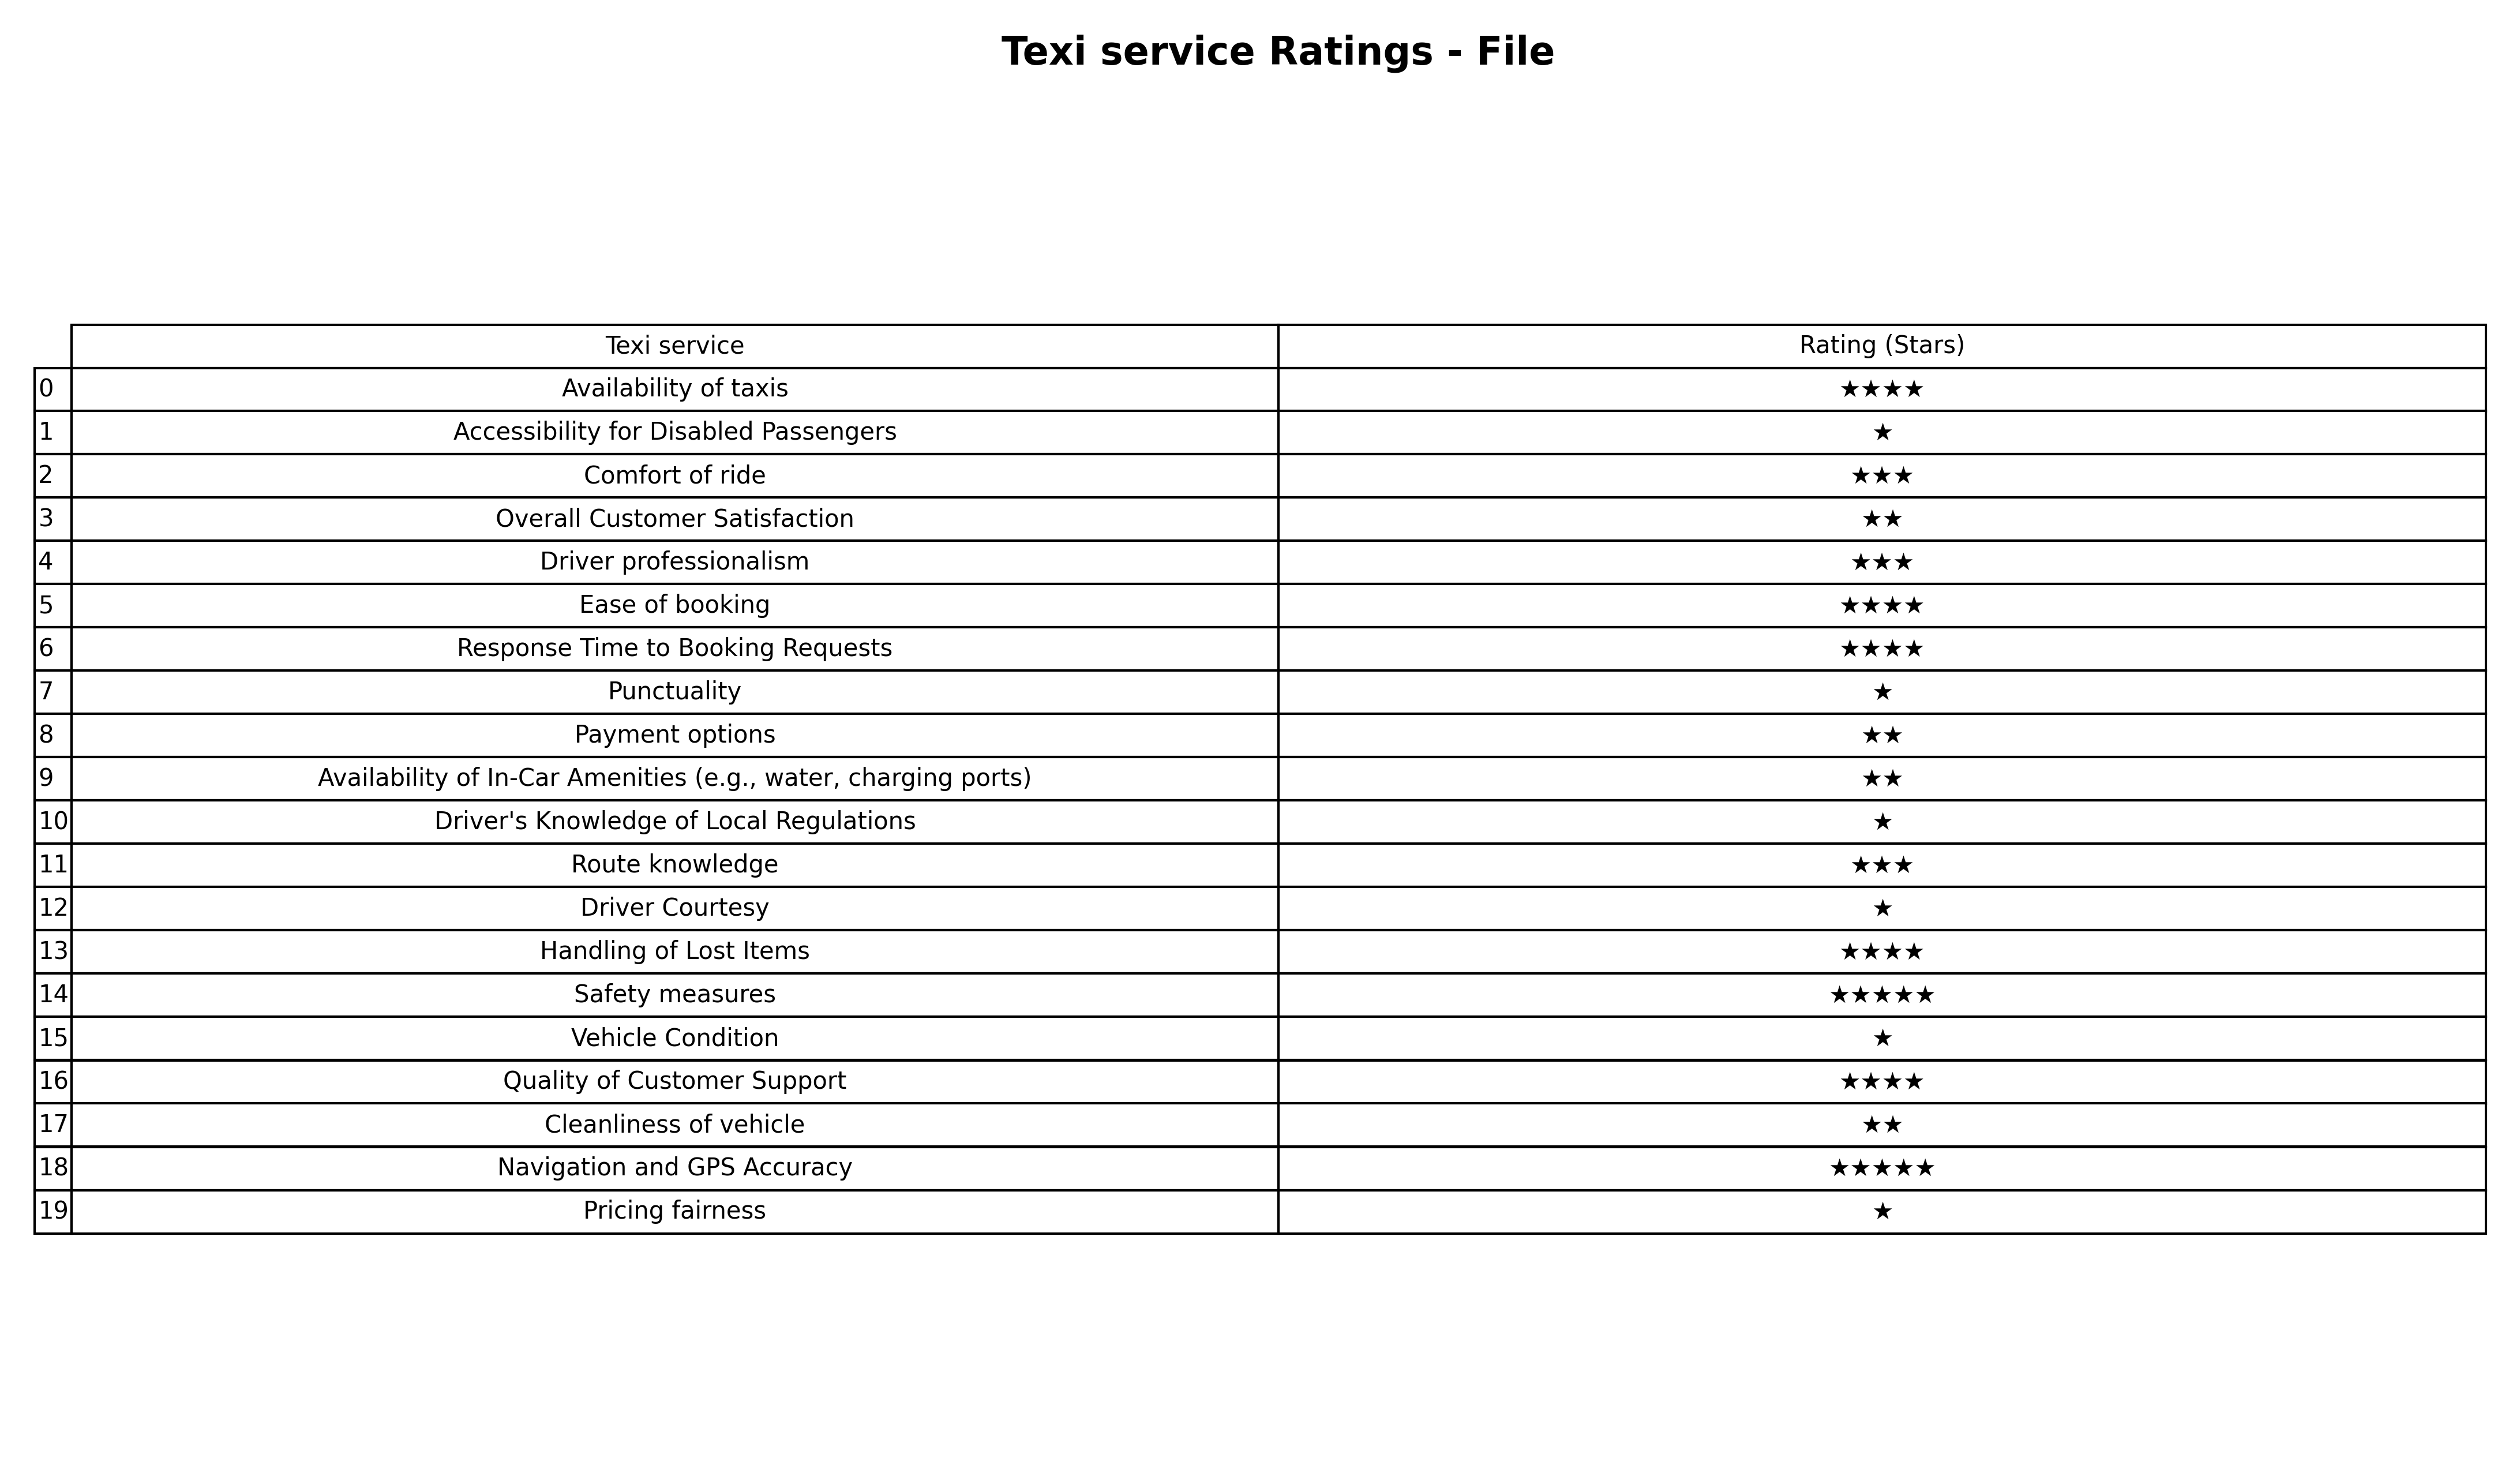
question: What are highest rating services?
answer: Accessibility for Disabled PassengersPunctualityDriver's Knowledge of Local RegulationsDriver CourtesyVehicle ConditionPricing fairness